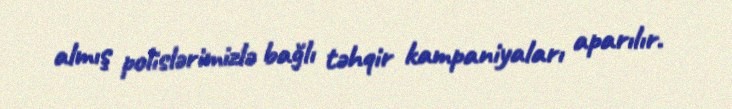
almış polislərimizlə bağlı təhqir kampaniyaları aparılır.